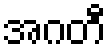
အဂတီ